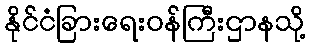
နိုင်ငံခြားရေးဝန်ကြီးဌာနသို့